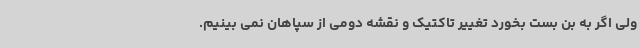
ولی اگر به بن بست بخورد تغییر تاکتیک و نقشه دومی از سپاهان نمی بینیم.